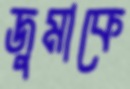
জুমাকে